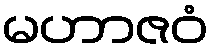
မဟာဇဝံ